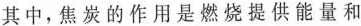
其中，焦炭的作用是燃烧提供能量和____；有铁生成的反应的化学方程式为__________。赤铁矿、焦炭、石灰石]热空气J→炼铁高炉(高温)-生铁](2)某工厂利用废铁屑与废硫酸反应来制取硫酸亚铁。现有废硫酸49t(H2SO4的质量分数为10%)，与足量的废铁屑反应，可生产硫酸亚铁的质量是多少?